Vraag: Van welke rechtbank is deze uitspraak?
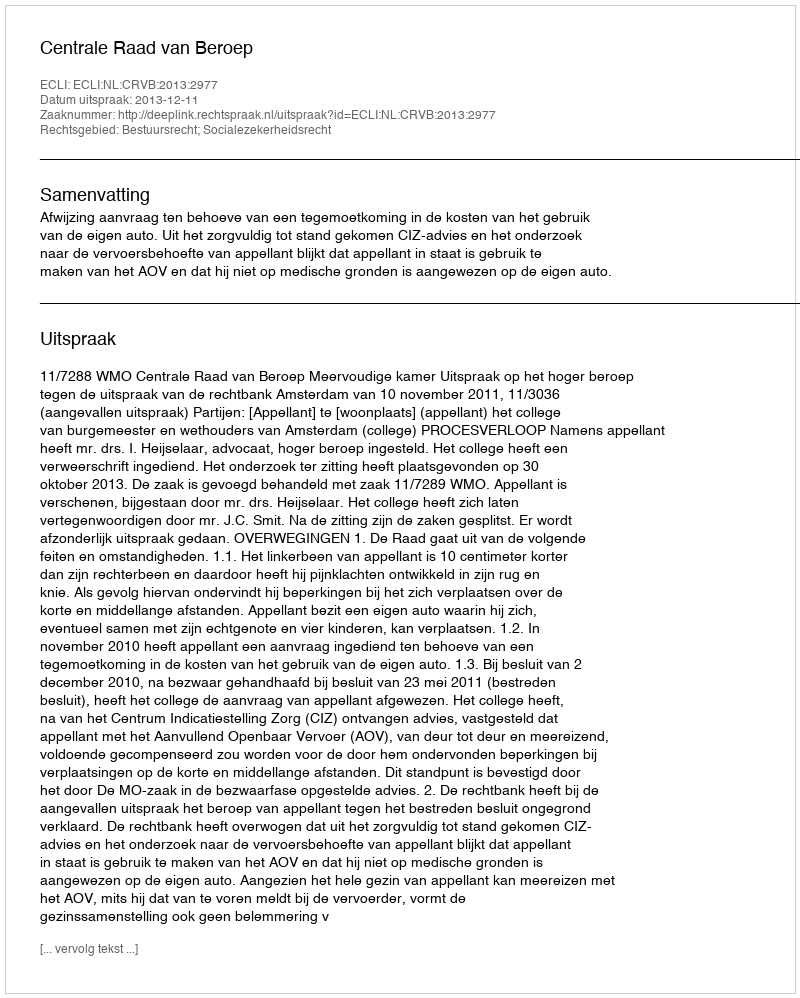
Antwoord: Centrale Raad van Beroep